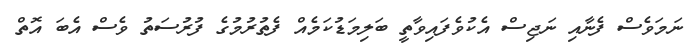
ނަމަވެސް ފެނާއި ނަޖިސް އެކުވެފައިވާތީ ބަލިމަޑުކަމެއް ފެތުރުމުގެ ފުރުސަތު ވެސް އެބަ އޮތް